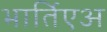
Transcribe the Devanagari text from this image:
भार्तिएअ